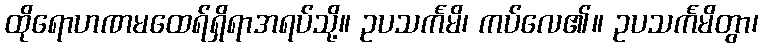
ထိုရောဟဏမထေရ်ရှိရာအရပ်သို့။ ဥပသင်္ကမိ၊ ကပ်လေ၏။ ဥပသင်္ကမိတွာ၊